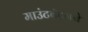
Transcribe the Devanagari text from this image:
माउंटबॅटनने